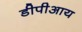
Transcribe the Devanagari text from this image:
डीपीआय